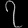
Digit: ၇